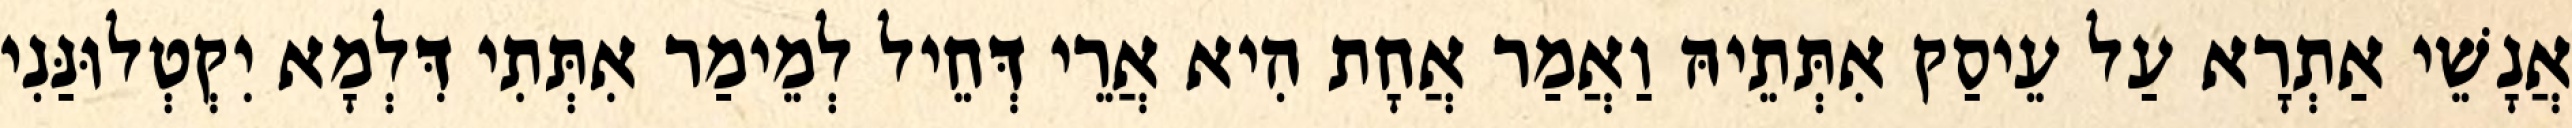
אֲנָשֵׁי אַתְרָא עַל עֵיסַק אִתְּתֵיהּ וַאֲמַר אֲחָת הִיא אֲרֵי דְּחֵיל לְמֵימַר אִתְּתִי דִּלְמָא יִקְטְלוּנַּנִי